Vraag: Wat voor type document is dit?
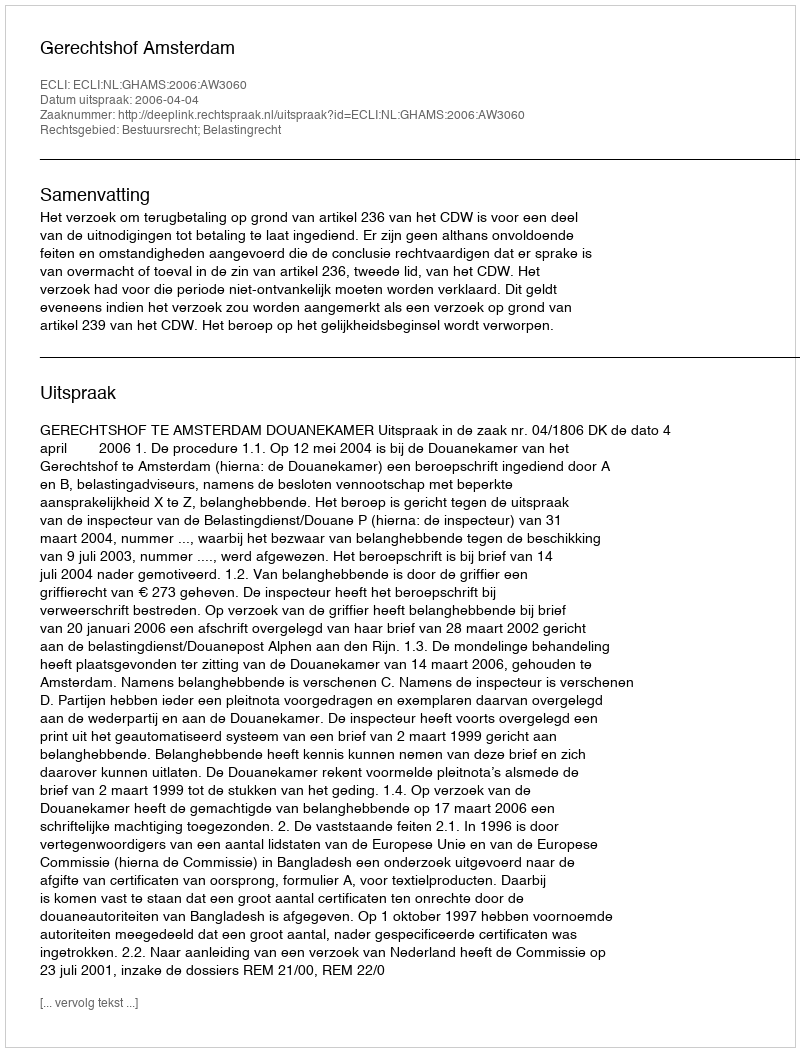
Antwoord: Uitspraak